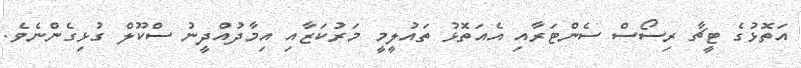
އަތަޮޅުގެ ޓީޗާ ރިސޯސް ސެންޓަރާއި އެއަތޮޅު ތައުލީމީ މަރުކަޒާއި އިމާދުއްދީނު ސްކޫލް ގުޅިގެންނެވެ.